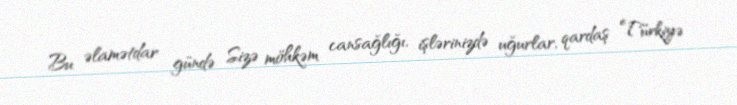
Bu əlamətdar gündə Sizə möhkəm cansağlığı, işlərinizdə uğurlar, qardaş Türkiyə